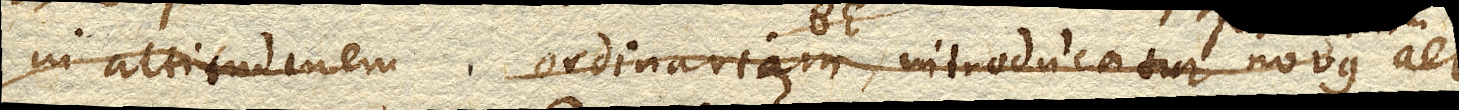
in altitudinem ordinariam. introducatur per vim novus aer